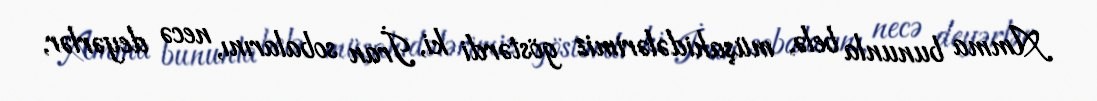
Amma bununla belə, müşahidələrimiz göstərdi ki, İran sobalarını, necə deyərlər,